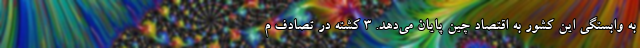
به وابستگی این کشور به اقتصاد چین پایان می‌دهد. 3 کشته در تصادف م